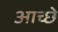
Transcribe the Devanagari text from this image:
आच्छे